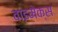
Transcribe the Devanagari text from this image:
वाइमेक्स